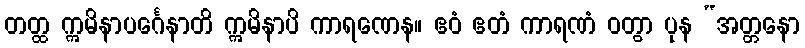
တတ္ထ ဣမိနာပင်္ဂေနာတိ ဣမိနာပိ ကာရဏေန။ ဧဝံ ဧတံ ကာရဏံ ဝတွာ ပုန “အတ္တနော